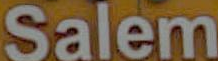
Salem